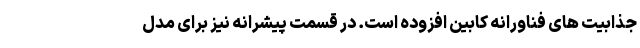
جذابیت های فناورانه کابین افزوده است. در قسمت پیشرانه نیز برای مدل